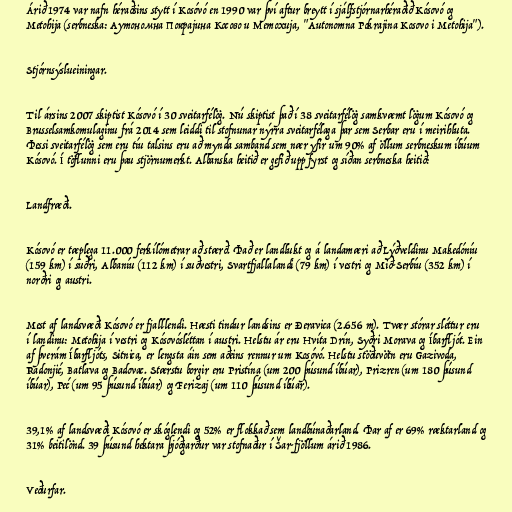
Árið 1974 var nafn héraðsins stytt í Kosóvó en 1990 var því aftur breytt í sjálfstjórnarhéraðið Kósovó og
Metohija (serbneska: Аутономна Покрајина Косово и Метохија, "Autonomna Pokrajina Kosovo i Metohija").

Stjórnsýslueiningar.

Til ársins 2007 skiptist Kósovó í 30 sveitarfélög. Nú skiptist það í 38 sveitarfélög samkvæmt lögum Kósovó og
Brusselsamkomulaginu frá 2014 sem leiddi til stofnunar nýrra sveitarfélaga þar sem Serbar eru í meirihluta.
Þessi sveitarfélög sem eru tíu talsins eru að mynda samband sem nær yfir um 90% af öllum serbneskum íbúum
Kósovó. Í töflunni eru þau stjörnumerkt. Albanska heitið er gefið upp fyrst og síðan serbneska heitið:

Landfræði.

Kósovó er tæplega 11.000 ferkílómetrar að stærð. Það er landlukt og á landamæri að Lýðveldinu Makedóníu
(159 km) í suðri, Albaníu (112 km) í suðvestri, Svartfjallalandi (79 km) í vestri og Mið-Serbíu (352 km) í
norðri og austri.

Mest af landsvæði Kósovó er fjalllendi. Hæsti tindur landsins er Đeravica (2.656 m). Tvær stórar sléttur eru
í landinu: Metohija í vestri og Kósovósléttan í austri. Helstu ár eru Hvíta Drín, Syðri Morava og Íbarfljót. Ein
af þverám Íbarfljóts, Sitnica, er lengsta áin sem aðeins rennur um Kosóvó. Helstu stöðuvötn eru Gazivoda,
Radonjić, Batlava og Badovac. Stærstu borgir eru Pristína (um 200 þúsund íbúar), Prizren (um 180 þúsund
íbúar), Peć (um 95 þúsund íbúar) og Ferizaj (um 110 þúsund íbúar).

39,1% af landsvæði Kósovó er skóglendi og 52% er flokkað sem landbúnaðarland. Þar af er 69% ræktarland og
31% beitilönd. 39 þúsund hektara þjóðgarður var stofnaður í Šar-fjöllum árið 1986.

Veðurfar.